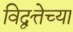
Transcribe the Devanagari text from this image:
विद्वत्तेच्या